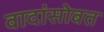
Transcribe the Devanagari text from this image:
वादांसोबत